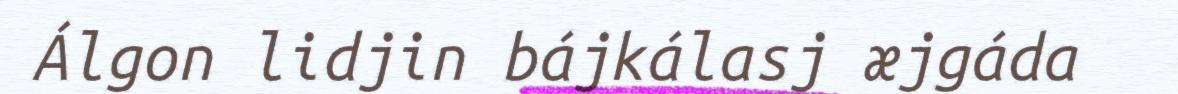
Álgon lidjin bájkálasj æjgáda